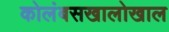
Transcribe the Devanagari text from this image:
कोलंबसखालोखाल